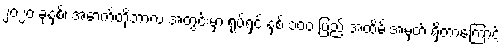
၂၀၂၀ ခုနှစ်၊ အောက်တိုဘာလ အတွင်းမှာ ရုပ်ရှင် နှစ် ၁၀၀ ပြည့် အထိမ်းအမှတ် ရှိတာကြောင့်